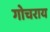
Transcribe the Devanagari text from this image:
गोचराय